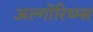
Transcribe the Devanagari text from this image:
अल्गोरिथ्म्स